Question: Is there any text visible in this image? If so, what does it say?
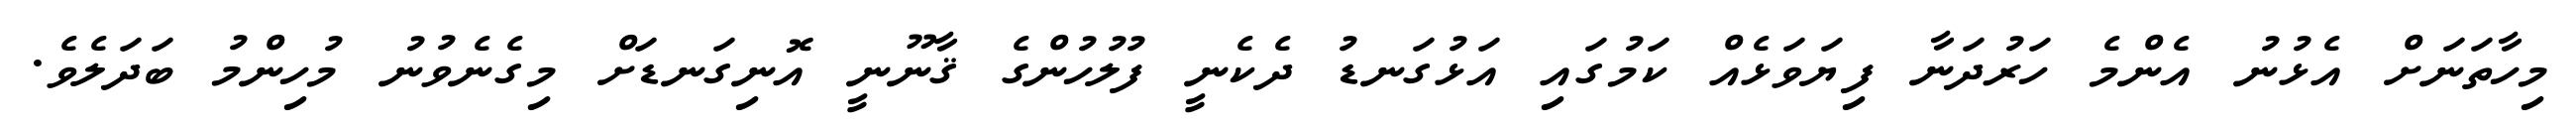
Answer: މިހާތަނަށް އެޅުނު އެންމެ ހަރުދަނާ ފިޔަވަޅެއް ކަމުގައި އަޅުގަނޑު ދެކެނީ ފުލުހުންގެ ޤާނޫނީ އޮނިގަނޑަށް މިގެނެވުނު މުހިންމު ބަދަލެވެ.